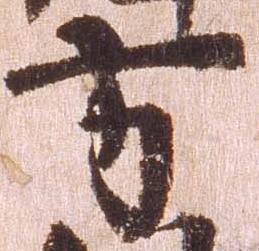
方